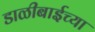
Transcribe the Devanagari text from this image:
डाळीबाईच्या